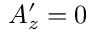
A _ { z } ^ { \prime } = 0